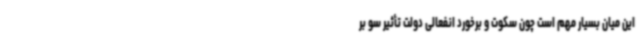
این میان بسیار مهم است چون سکوت و برخورد انفعالی دولت تأثیر سو بر